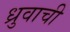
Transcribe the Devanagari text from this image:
ध्रुवाची